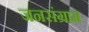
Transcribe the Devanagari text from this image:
जनसंग्राम